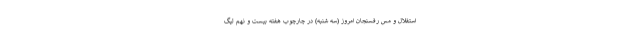
استقلال و مس رفسنجان امروز (سه شنبه) در چارچوب هفته بیست و نهم لیگ